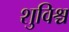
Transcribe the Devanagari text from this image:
शुविश्च